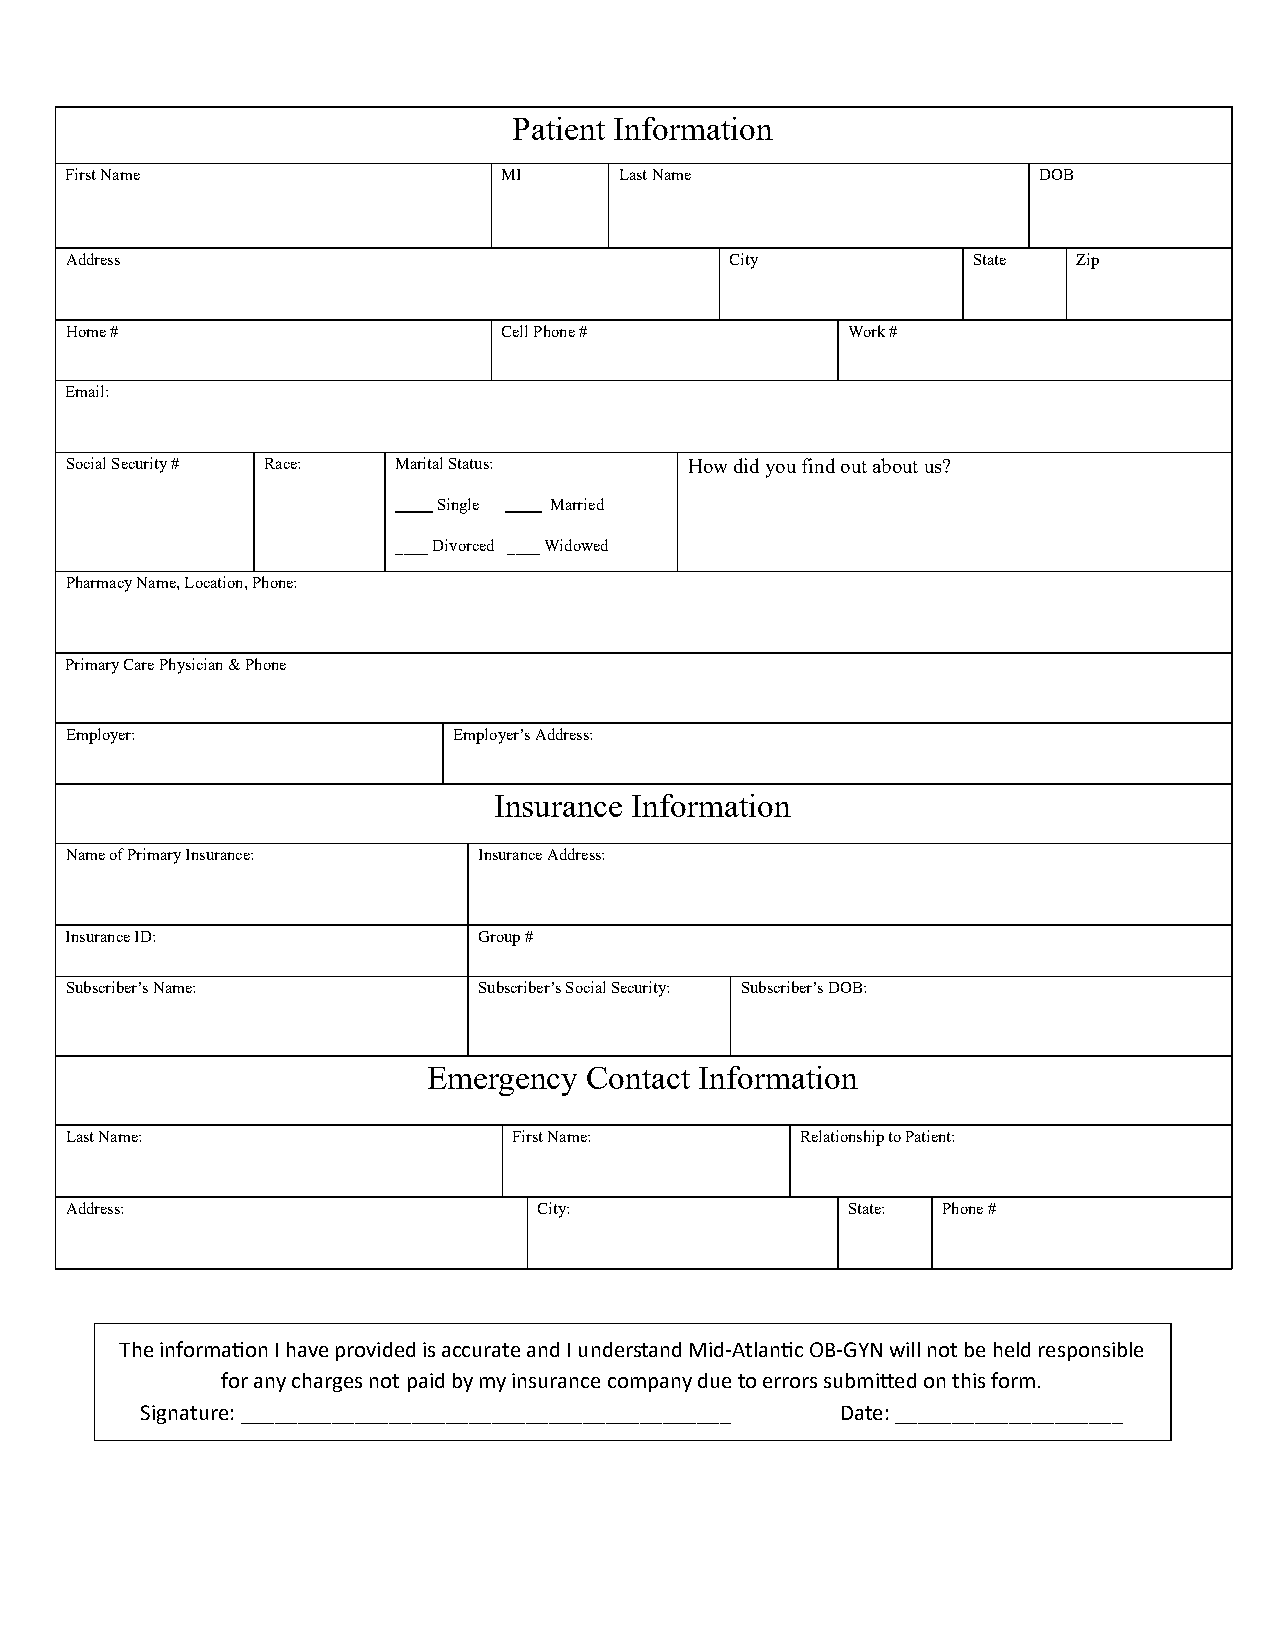
Patient Information
 First Name                   MI      Last Name                   DOB
 Address                                     City            State  Zip
 Home #                       Cell Phone #           Work #
 Email:
 Social Security # Race: Marital Status:   How did you find out about us?
 Single Married
 ____ Divorced ____ Widowed
 Pharmacy Name, Location, Phone:
 Primary Care Physician & Phone
 Employer:                 Employer’s Address:
 Insurance Information
 Name of Primary Insurance:  Insurance Address:
 Insurance ID:               Group #
 Subscriber’s Name:          Subscriber’s Social Security: Subscriber’s DOB:
 Emergency  Contact Information
 Last Name:                    First Name:        Relationship to Patient:
 Address:                        City:               State: Phone #
 The informaon I have provided is accurate and I understand Mid-Atlanc OB-GYN will not be held responsible
 for any charges not paid by my insurance company due to errors submied on this form.
 Signature: ___________________________________________ Date: ____________________